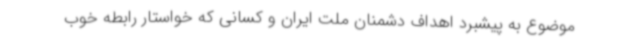
موضوع به پیشبرد اهداف دشمنان ملت ایران و کسانی که خواستار رابطه خوب